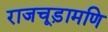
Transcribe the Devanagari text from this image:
राजचूड़ामणि